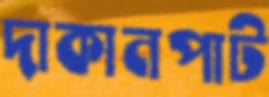
দাকানপাট